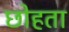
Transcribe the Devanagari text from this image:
छोहता